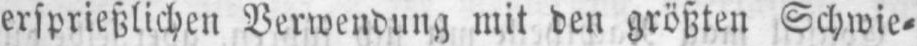
ersprießlichen Verwendung mit den größten Schwie⸗